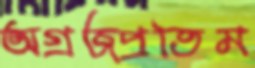
অগ্রজপ্রতিম